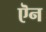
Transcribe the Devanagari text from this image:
ऎन